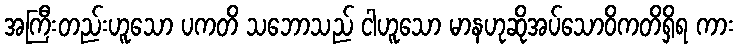
အကြီးတည်းဟူသော ပကတိ သဘောသည် ငါဟူသော မာနဟုဆိုအပ်သောဝိကတိရှိရ ကား